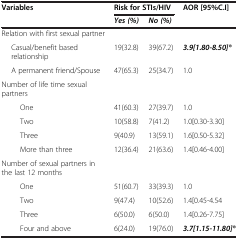
<table><thead><tr><td><b>Variables</b></td><td colspan="2"><b>Risk for STIs/HIV</b></td><td><b>AOR [95%C.I]</b></td></tr><tr><td><b> </b></td><td><b><i>Yes (%)</i></b></td><td><b><i>No (%)</i></b></td><td><b> </b></td></tr></thead><tbody><tr><td>Relation with first sexual partner</td><td> </td><td> </td><td> </td></tr><tr><td>Casual/benefit based relationship</td><td>19(32.8)</td><td>39(67.2)</td><td><b><i>3.9[1.80-8.50]®</i></b></td></tr><tr><td>A permanent friend/Spouse</td><td>47(65.3)</td><td>25(34.7)</td><td>1.0</td></tr><tr><td>Number of life time sexual partners</td><td> </td><td> </td><td> </td></tr><tr><td>One</td><td>41(60.3)</td><td>27(39.7)</td><td>1.0</td></tr><tr><td>Two</td><td>10(58.8)</td><td>7(41.2)</td><td>1.0[0.30-3.30]</td></tr><tr><td>Three</td><td>9(40.9)</td><td>13(59.1)</td><td>1.6[0.50-5.32]</td></tr><tr><td>More than three</td><td>12(36.4)</td><td>21(63.6)</td><td>1.4[0.46-4.00]</td></tr><tr><td>Number of sexual partners in the last 12 months</td><td> </td><td> </td><td> </td></tr><tr><td>One</td><td>51(60.7)</td><td>33(39.3)</td><td>1.0</td></tr><tr><td>Two</td><td>9(47.4)</td><td>10(52.6)</td><td>1.4[0.45-4.54</td></tr><tr><td>Three</td><td>6(50.0)</td><td>6(50.0)</td><td>1.4[0.26-7.75]</td></tr><tr><td>Four and above</td><td>6(24.0)</td><td>19(76.0)</td><td><b><i>3.7[1.15-11.80]®</i></b></td></tr></tbody></table>